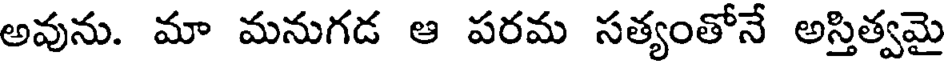
అవును. మా మనుగడ ఆ పరమ సత్యంతోనే అస్తిత్వమై